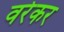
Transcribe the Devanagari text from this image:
वरेकर